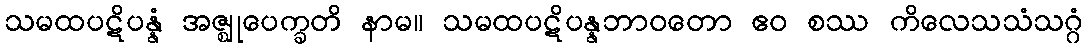
သမထပဋိပန္နံ အဇ္ဈုပေက္ခတိ နာမ။ သမထပဋိပန္နဘာဝတော ဧဝ စဿ ကိလေသသံသဂ္ဂံ